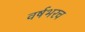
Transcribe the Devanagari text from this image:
वर्षभरच